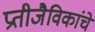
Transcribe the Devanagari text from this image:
प्रतीजैविकांचे